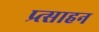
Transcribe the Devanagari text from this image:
प्र्त्साहन